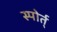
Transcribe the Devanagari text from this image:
स्पोर्त्